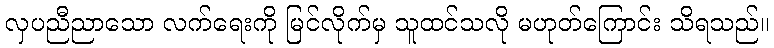
လှပညီညာသော လက်ရေးကို မြင်လိုက်မှ သူထင်သလို မဟုတ်ကြောင်း သိရသည်။